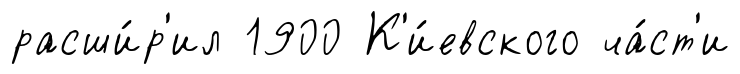
расши́р'ил 1900 К'и́евского ча́ст'и